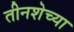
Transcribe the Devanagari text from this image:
तीनशेच्या